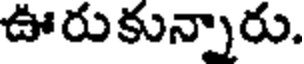
ఊరుకున్నారు.